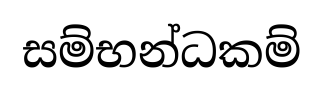
සම්භන්ධකම්